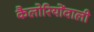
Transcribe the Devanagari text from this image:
कैलोरियोंवाली